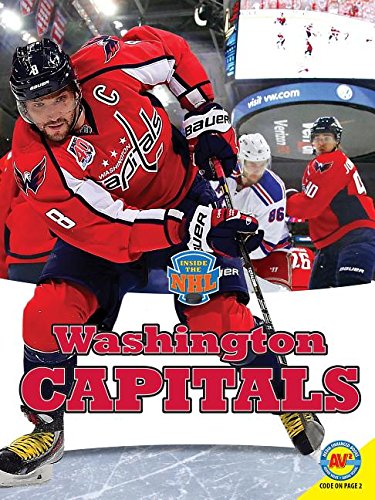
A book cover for Washington Capitals (Inside the NHL); Ramey Temple; Children's Books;